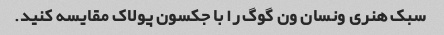
سبک هنری ونسان ون گوگ را با جکسون پولاک مقایسه کنید.